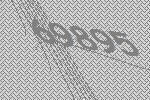
69895